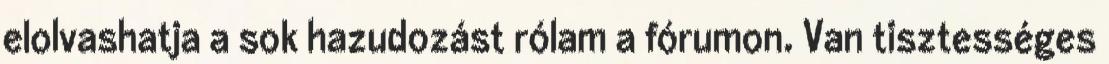
elolvashatja a sok hazudozást rólam a fórumon. Van tisztességes